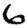
Digit: 6